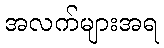
အလက်များအရ